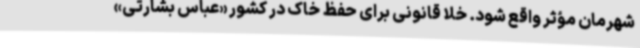
شهرمان مؤثر واقع شود. خلا قانونی برای حفظ خاک در کشور «عباس بشارتی»